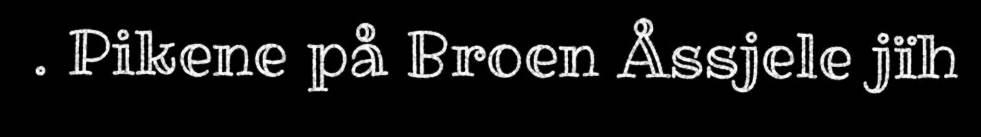
. Pikene på Broen Åssjele jïh